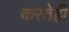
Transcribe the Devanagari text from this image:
करतेही